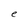
Character: e